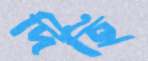
দিহি